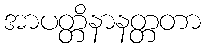
အာပတ္တိနာနတ္တတာ